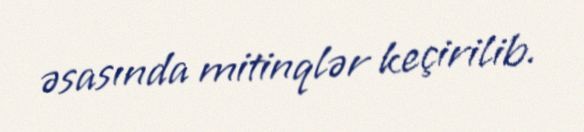
əsasında mitinqlər keçirilib.